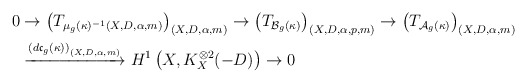
\begin{align*}\begin{aligned}0 &\to \left(T_{\mu_g(\kappa)^{-1}(X, D, \alpha, m)}\right)_{(X, D, \alpha, m)} \to \left(T_{\mathcal B_g(\kappa)}\right)_{(X, D, \alpha, p, m)} \to \left(T_{\mathcal A_g(\kappa)}\right)_{(X, D, \alpha, m)}\\ &\xrightarrow{\left(d\mathfrak c_g(\kappa)\right)_{(X, D, \alpha, m)}} H^1\left(X, K_X^{\otimes 2}(-D)\right) \to 0\end{aligned}\end{align*}